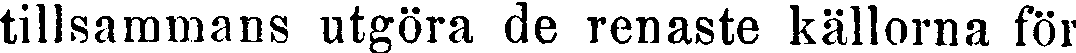
tillsammans utgöra de renaste källorna för